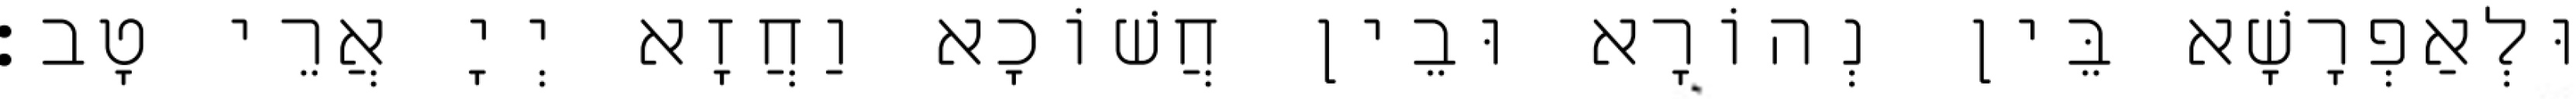
וּלְאַפְרָשָׁא בֵּין נְהוֹרָא וּבֵין חֲשׁוֹכָא וַחֲזָא יְיָ אֲרֵי טָב׃